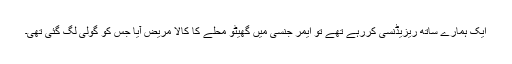
ایک ہمارے ساتھ ریزیڈنسی کررہے تھے تو ایمر جنسی میں‌ گھیٹو محلے کا کالا مریض آیا جس کو گولی لگ گئی تھی۔